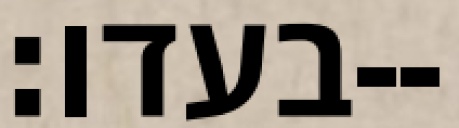
בעדו׃--